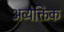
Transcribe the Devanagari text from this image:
अव्येक्तिक